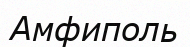
Амфиполь